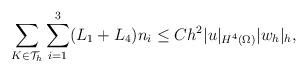
LaTeX: \begin{align*}\sum_{K\in\mathcal{T}_h}\sum_{i=1}^3(L_1+L_4)n_i\leq Ch^2|u|_{H^4(\Omega)}|w_h|_h, \end{align*}